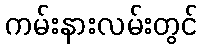
ကမ်းနားလမ်းတွင်